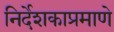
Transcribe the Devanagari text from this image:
निर्देशकाप्रमाणे